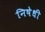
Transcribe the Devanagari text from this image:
निषेधी